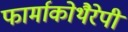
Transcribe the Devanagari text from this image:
फार्माकोथैरेपी